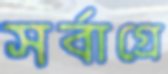
সর্বাগ্রে